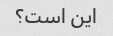
این است؟